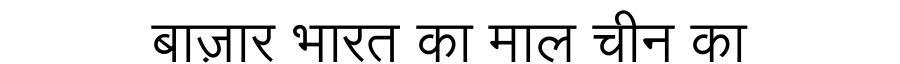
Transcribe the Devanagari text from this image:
बाज़ार भारत का माल चीन का